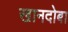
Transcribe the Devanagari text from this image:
खानदोबा